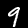
Label: 9